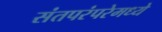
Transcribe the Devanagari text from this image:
संतपरंपरेमध्ये